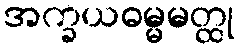
အက္ခယဓမ္မမတ္ထု